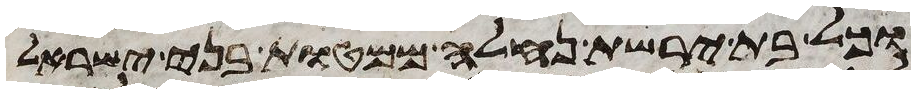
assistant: וכל בת ירשת נחלה ממטות בני ישראל